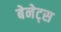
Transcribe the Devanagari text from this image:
बेनेट्स